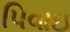
પિવાઇ